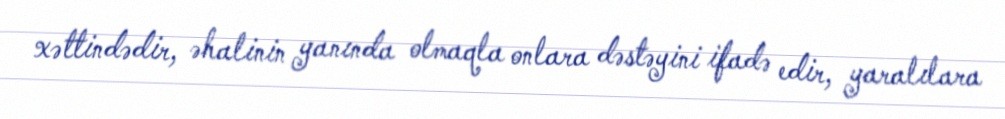
xəttindədir, əhalinin yanında olmaqla onlara dəstəyini ifadə edir, yaralılara